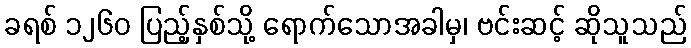
ခရစ် ၁၂၆၀ ပြည့်နှစ်သို့ ရောက်သောအခါမှ၊ ဗင်းဆင့် ဆိုသူသည်